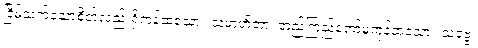
ငြိမ်သက်သောစိတ်လည်းရှိကုန်ထသော။ သမာဟိတာ၊ တည်ကြည်တော်မူကုန်ထသော။ သဗ္ဗေ၊